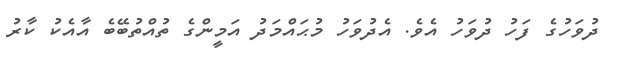
ދުވަހުގެ ފަހު ދުވަހު އެވެ. އެދުވަހު މުޙައްމަދު އަމީންގެ ތުއްތުބޭބެ އާއެކު ކާރު